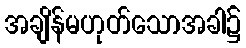
အချိန်မဟုတ်သောအခါ၌